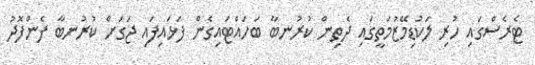
ޓެރެސްގައި ހުރި ލަކުޑިމޭޒުމަތީގައި ދެތިން ކުރުނބާ ބަހައްޓައިގެން ފަޅައިފައި ޖަގަށް ކުރުނބާ ފެންފޮދު